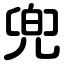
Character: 兜